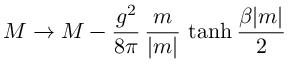
M \rightarrow M - { \frac { g ^ { 2 } } { 8 \pi } } \, { \frac { m } { | m | } } \, \operatorname { t a n h } { \frac { \beta | m | } { 2 } }